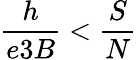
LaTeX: \frac{h}{e3B}<\frac{S}{N}